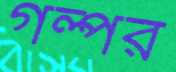
গল্পর